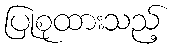
ပြုစုထားသည့်